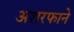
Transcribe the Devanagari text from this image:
अशरफाने